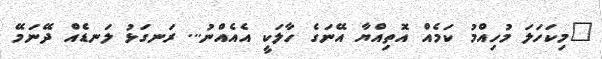
"މިކަހަލަ މުހިއްމު ކަމެއް އޮތިއްޔާ އޭނަގެ ހާލަކީ އެއެއްނު... ރަނގަޅު ލަނޑެއް ދޭނަމޭ